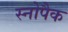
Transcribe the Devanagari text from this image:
स्नोपैक